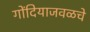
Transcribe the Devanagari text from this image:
गोंदियाजवळचे